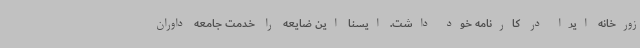
زورخانه ایرا در کارنامه خود داشت. ایسنا این ضایعه را خدمت جامعه داوران